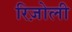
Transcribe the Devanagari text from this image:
रिज़ोली